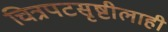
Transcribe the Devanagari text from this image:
चित्रपटसृष्टीलाही